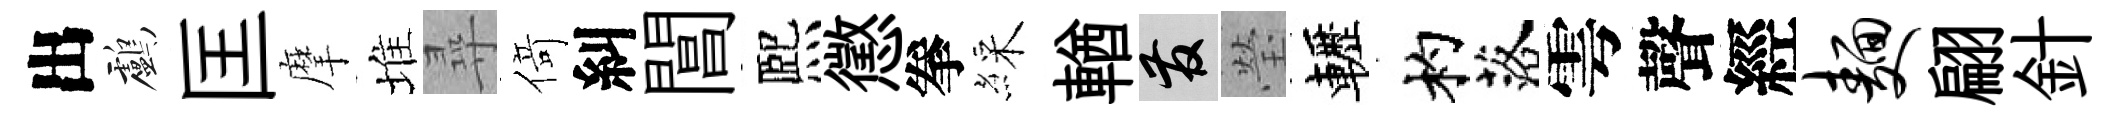
出鸕匡摩堆尋𠋣糾閶熈懲拳綵輶發瑩轣杓落雩聲經面翩針